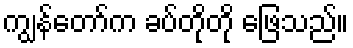
ကျွန်တော်က ခပ်တိုတို ဖြေသည်။